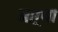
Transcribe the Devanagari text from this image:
आग्र्या